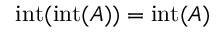
\operatorname { i n t } ( \operatorname { i n t } ( A ) ) = \operatorname { i n t } ( A )